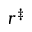
r ^ { \ddag }